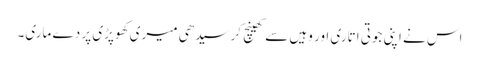
اس نے اپنی جوتی اتاری اور وہیں سے کھینچ کر سیدھی میری کھوپڑی پر دے ماری۔